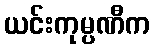
ယင်းကုမ္ပဏီက